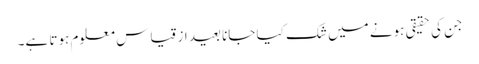
جن کی حقیقی ہونے میں شک کیا جانا بعید از قیاس معلوم ہوتا ہے۔